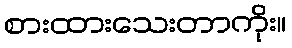
စားထားသေးတာကိုး။